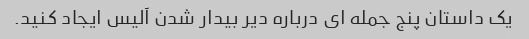
یک داستان پنج جمله ای درباره دیر بیدار شدن آلیس ایجاد کنید.